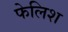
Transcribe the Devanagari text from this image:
फेलिश